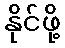
နိုင်ဖို့